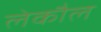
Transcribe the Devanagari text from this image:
लेकौल